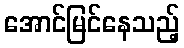
အောင်မြင်နေသည့်